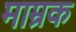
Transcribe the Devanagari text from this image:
माम्रक